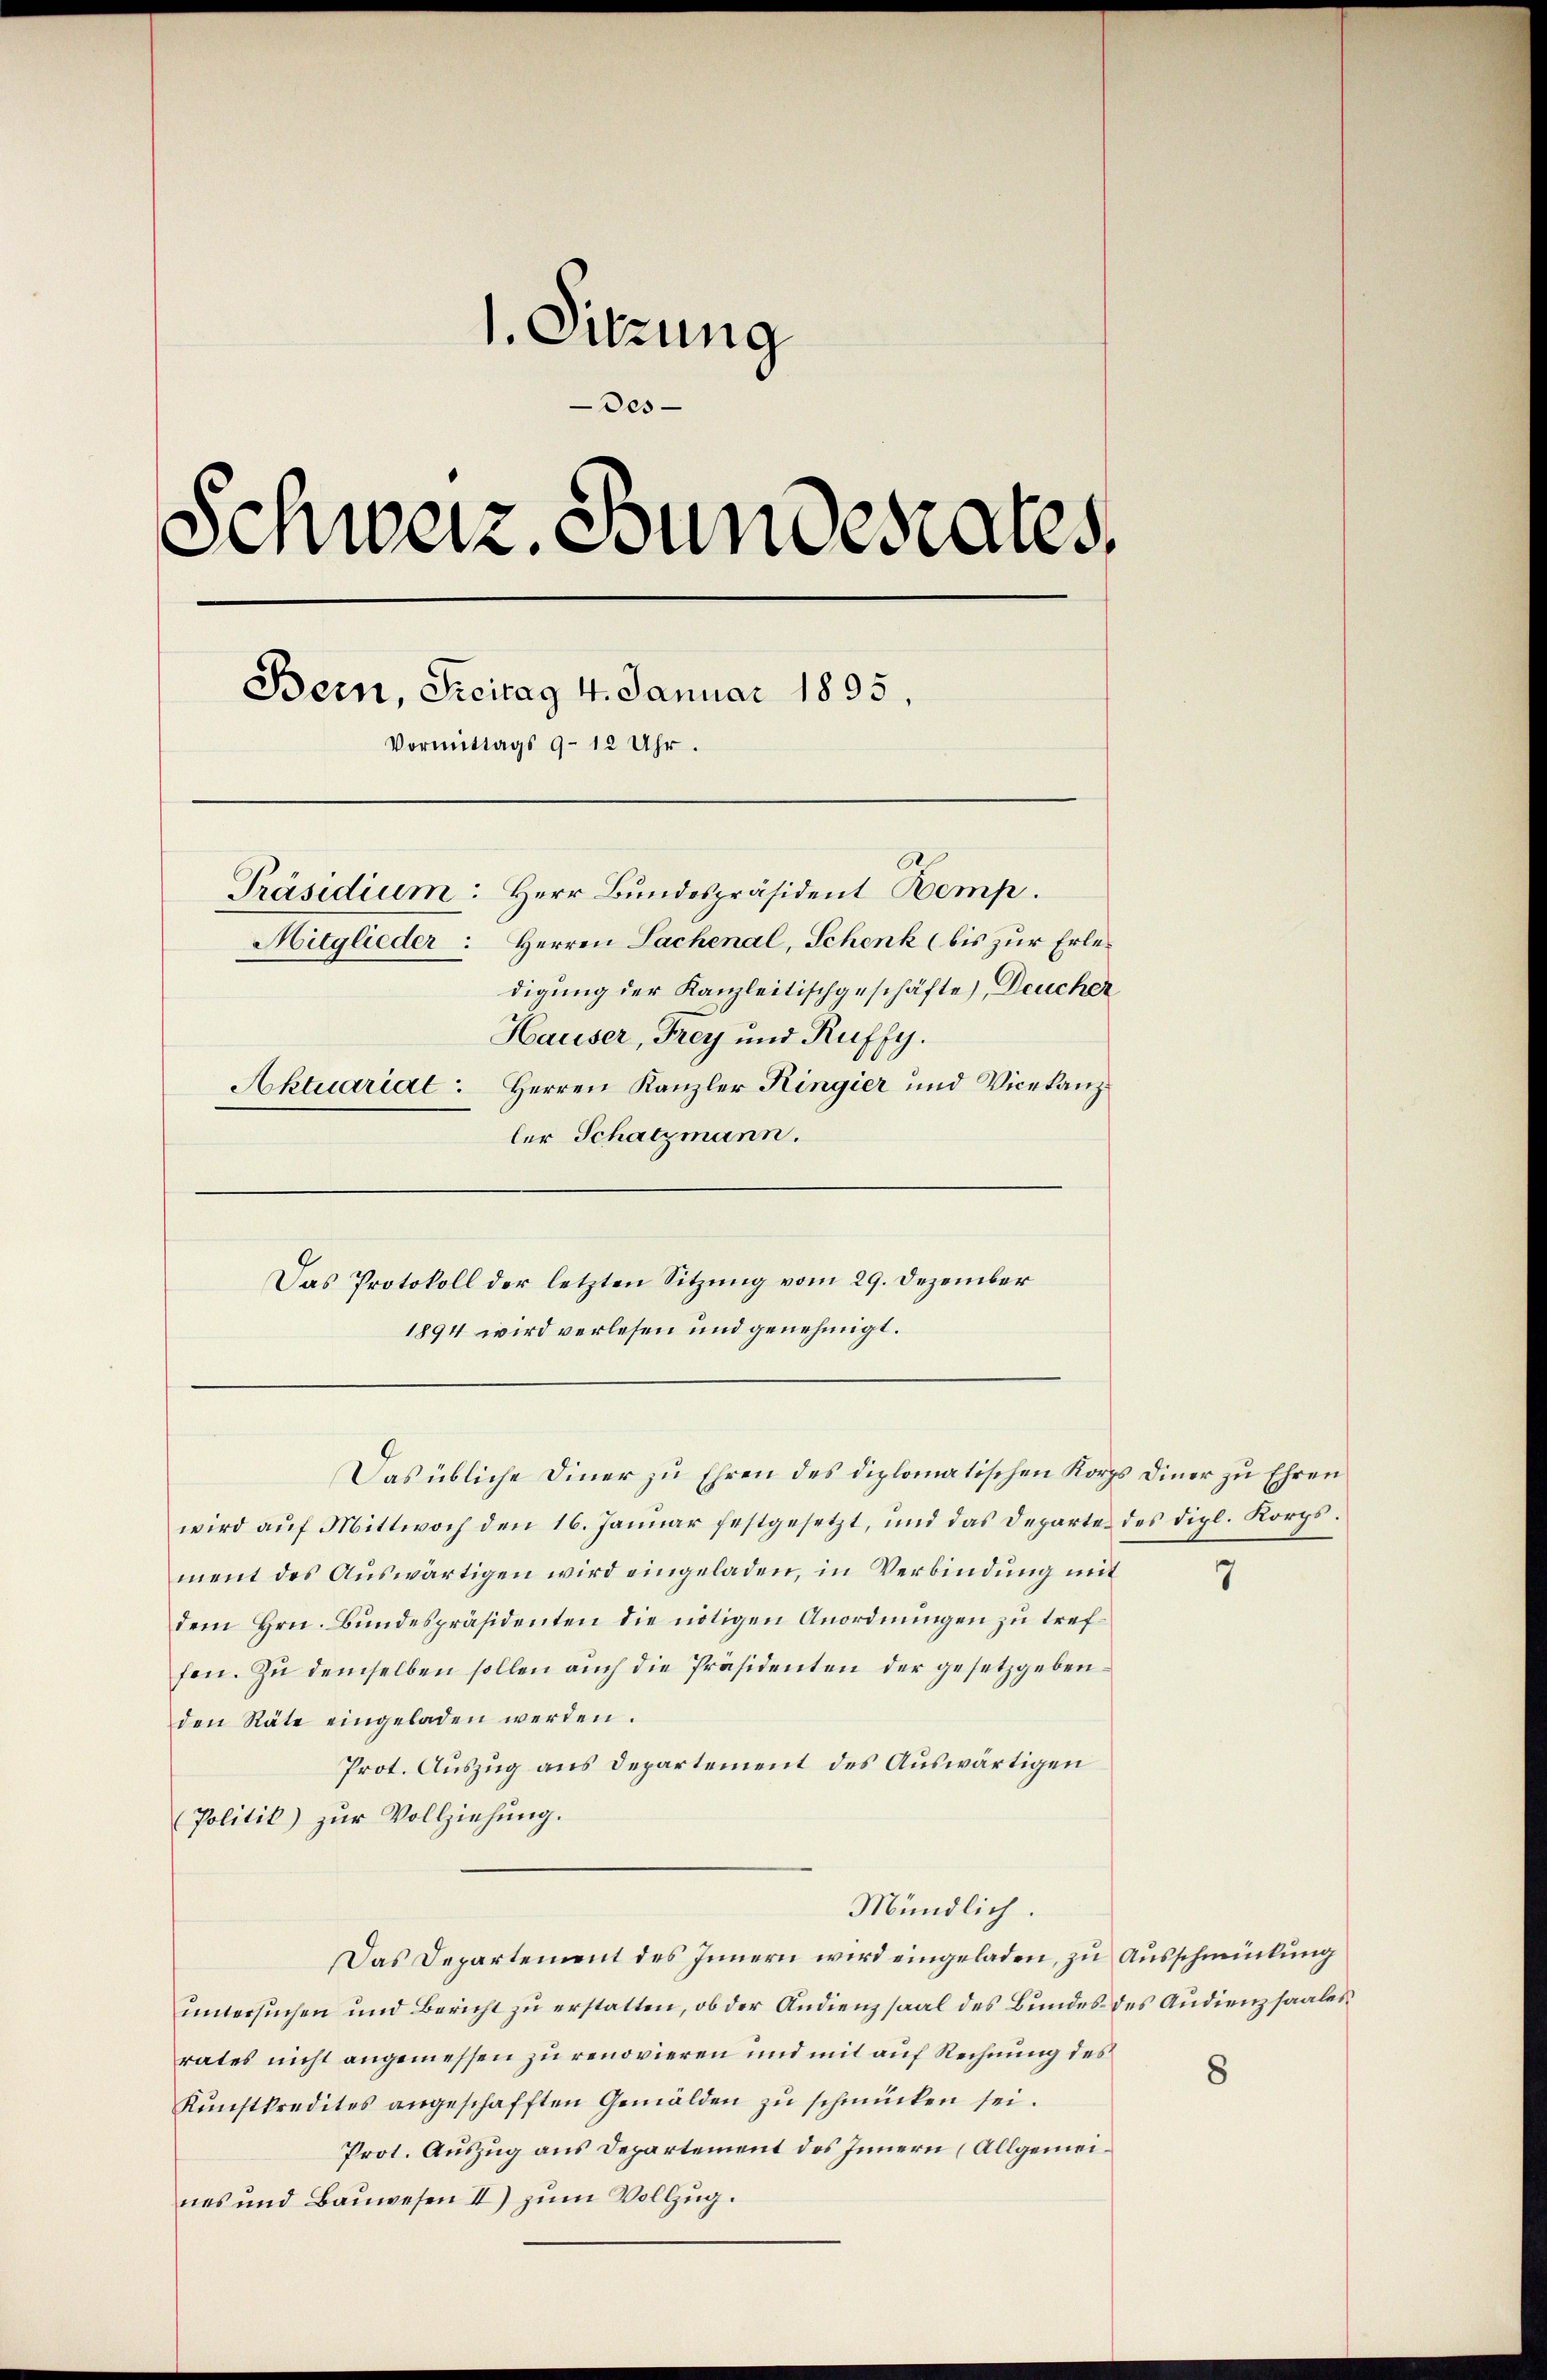
1. Sitzung
Des
d
Schweiz. Bundesrates
Bern, Freitag 4. Januar 1895
Vormittags 9 - 12 Uhr.
Präsidium: Herr Bundespräsident Bemp.
Hitglieder: Herren Sachenal, Schenk (bis zur Erle
digung der Kanzleitischgeschäfte, Deucher
Hauser, Frey und Ruffy.
Aktuariat: Herren Kanzler Ringier und Vicekanz
ler Schatzmann.

wird auf Mittwoch den 16. Januar festgesetzt, und das Departe des dipl. Korps.
ment des Auswärtigen wird eingeladen, in Verbindung mit
dem Hrn. Bundespräsidenten die nötigen Anordnungen zu treffen. Zu demselben sollen auch die Präsidenten der gesetzgebenden Räte eingeladen werden.
Prot. Auszug aus Departement des Auswärtigen
Politik) zur Vollziehung.
Mündlich.
Das Departement des Innern wird eingeladen, zu Ausschmückung
ŭntersŭchen und Bericht zŭ erstatten, ob der Andienzsaal des Bundes des Audienzsaales
rates nicht angemessen zu renovieren und mit auf Rechnung des
Kŭnstkredites angeschafften Gemälden zu schmücken sei.
Prot. Auszug aus Departement des Innern (Allgemeines und Bauwesen II) zum Vollzug.

Das Protokoll der letzten Sitzung vom 29. Dezember

1894 wird verlesen und genehmigt.

Das übliche Diner zu Ehren des diplomatischen Korps Diner zu Ehren

1

8